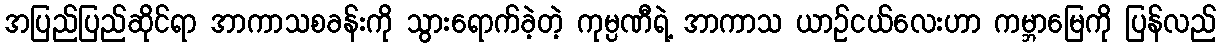
အပြည်ပြည်ဆိုင်ရာ အာကာသစခန်းကို သွားရောက်ခဲ့တဲ့ ကုမ္ပဏီရဲ့ အာကာသ ယာဉ်ငယ်လေးဟာ ကမ္ဘာမြေကို ပြန်လည်